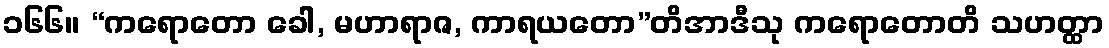
၁၆၆။ “ကရောတော ခေါ, မဟာရာဇ, ကာရယတော”တိအာဒီသု ကရောတောတိ သဟတ္ထာ